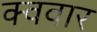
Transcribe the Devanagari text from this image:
क्ववार